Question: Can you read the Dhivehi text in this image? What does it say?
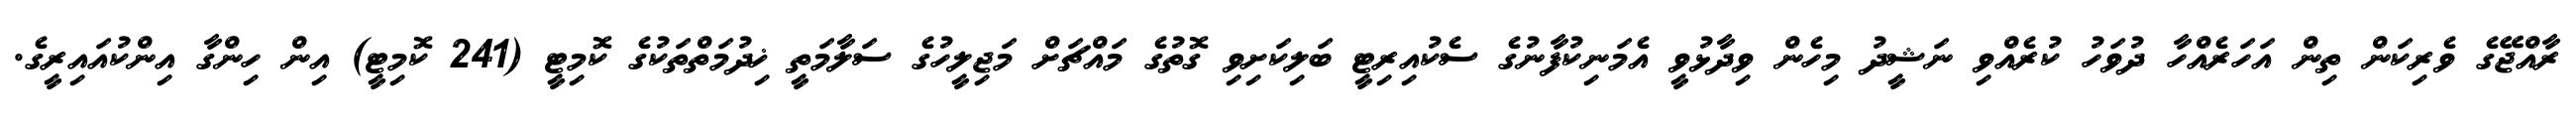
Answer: ރާއްޖޭގެ ވެރިކަން ތިން އަހަރެއްހާ ދުވަހު ކުރެއްވި ނަޝީދު މިހެން ވިދާޅުވީ އެމަނިކުފާނުގެ ސެކުއިރިޓީ ބަލިކަށިވި ގޮތުގެ މައްޗަށް މަޖިލީހުގެ ސަލާމަތީ ޚިދުމަތްތަކުގެ ކޮމިޓީ (241 ކޮމިޓީ) އިން ހިންގާ އިންކުއައިރީގެ.